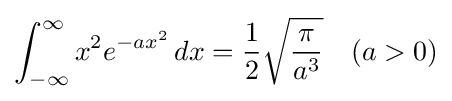
\int _{-\infty }^{\infty }x^{2}e^{-ax^{2}}\,dx={\frac {1}{2}}{\sqrt {\pi  \over a^{3}}}\quad (a>0)